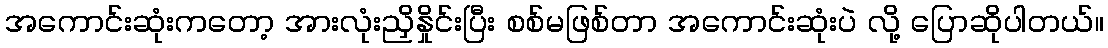
အကောင်းဆုံးကတော့ အားလုံးညှိနှိုင်းပြီး စစ်မဖြစ်တာ အကောင်းဆုံးပဲ လို့ ပြောဆိုပါတယ်။